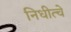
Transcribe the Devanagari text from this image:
निधीत्चे